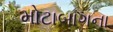
મોટાબાગના